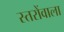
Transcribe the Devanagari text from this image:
स्तरोंवाला